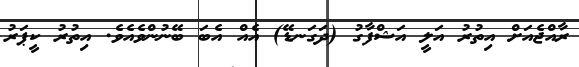
ރާއްޖެއަށް އިތުރު އަލީ އަޝްފާގު (ދަގަނޑޭ) އެއް އެބަ ބޭނުންވެއެވެ. އިތުރު ކީޕަރު